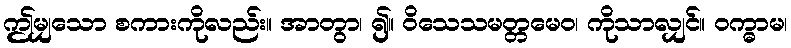
ဤမျှသော စကားကိုလည်း။ အာတွာ၊ ၍။ ဝိသေသမတ္တမေဝ၊ ကိုသာလျှင်။ ဝက္ဓာမ၊